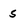
Character: S